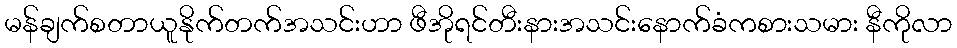
မန်ချက်စတာယူနိုက်တက်အသင်းဟာ ဖီအိုရင်တီးနားအသင်းနောက်ခံကစားသမား နီကိုလာ